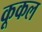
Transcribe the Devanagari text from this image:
कूकल